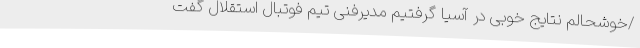
/خوشحالم نتایج خوبی در آسیا گرفتیم مدیرفنی تیم فوتبال استقلال گفت